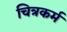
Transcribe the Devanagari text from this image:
चित्रकर्म